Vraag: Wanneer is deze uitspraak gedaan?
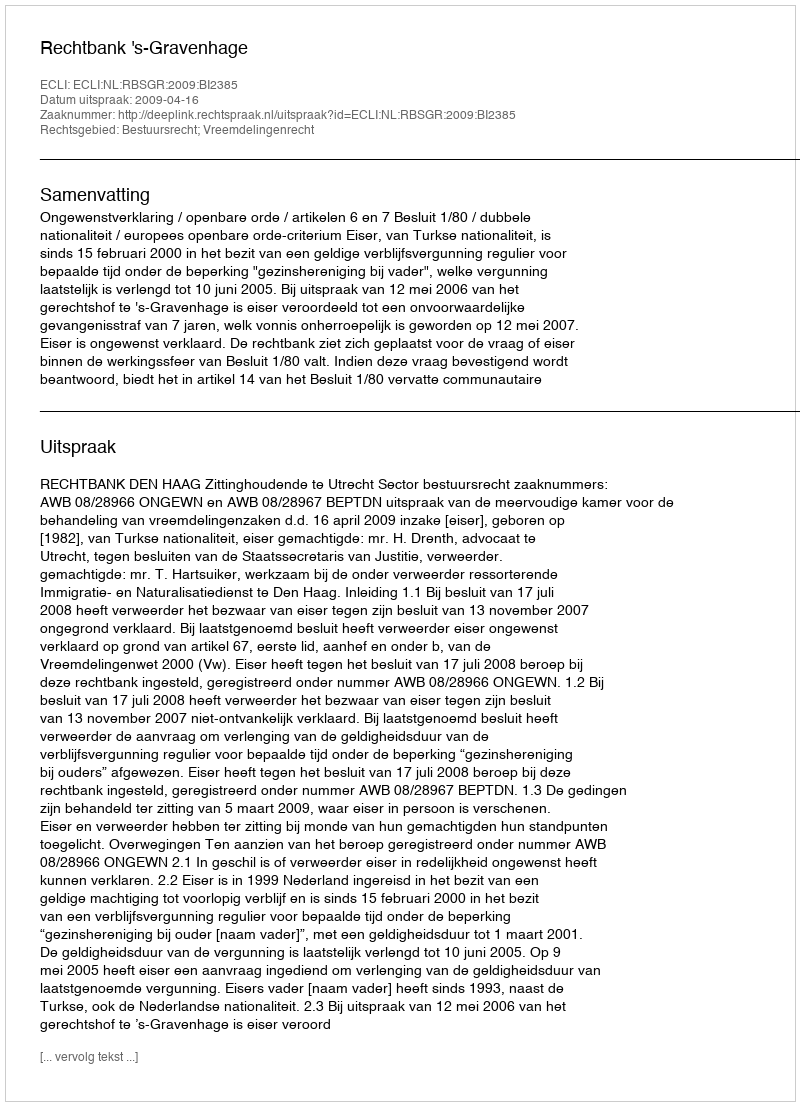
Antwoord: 2009-04-16